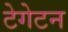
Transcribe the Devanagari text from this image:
टेगेटन